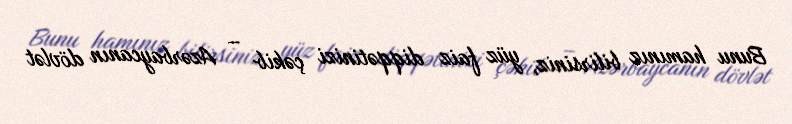
Bunu hamınız bilirsiniz, yüz faiz diqqətinizi çəkib – Azərbaycanın dövlət